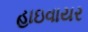
હાઇવાયર